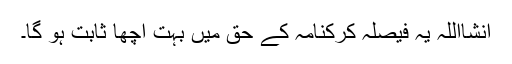
انشااللہ یہ فیصلہ کرکنامہ کے حق میں بہت اچھا ثابت ہو گا۔